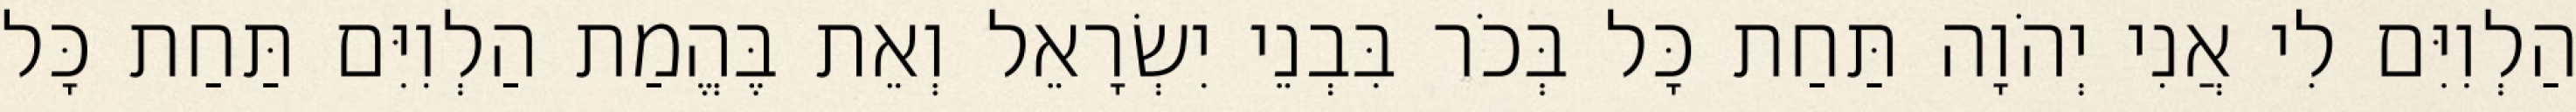
הַלְוִיִּם לִי אֲנִי יְהֹוָה תַּחַת כָּל בְּכֹר בִּבְנֵי יִשְׂרָאֵל וְאֵת בֶּהֱמַת הַלְוִיִּם תַּחַת כָּל